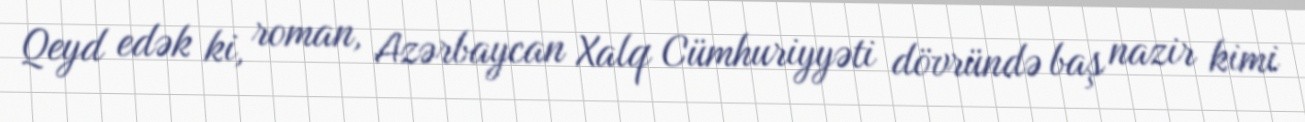
Qeyd edək ki, roman, Azərbaycan Xalq Cümhuriyyəti dövründə baş nazir kimi